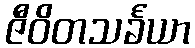
ဇီဝိတသင်္ခယာ